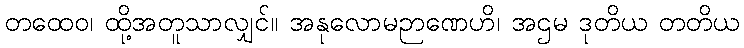
တထေဝ၊ ထို့အတူသာလျှင်။ အနုလောမဉာဏေဟိ၊ အဌမ ဒုတိယ တတိယ